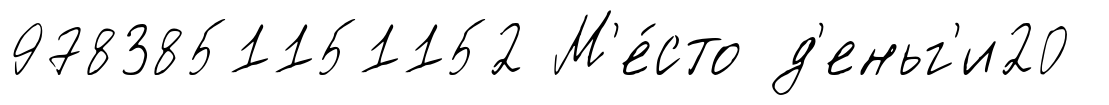
9783851151152 М'е́сто д'еньг'и20